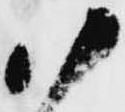
御